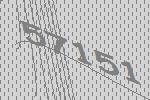
57151